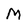
Character: M